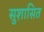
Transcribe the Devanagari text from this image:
सुशासित